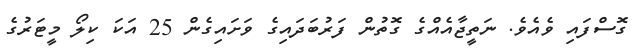
ގޮސްފައި ވެއެވެ. ނަތީޖާއެއްގެ ގޮތުން ފަރުބަދައިގެ ވަށައިގެން 25 އަކަ ކިލޯ މީޓަރުގެ